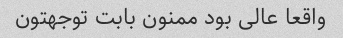
واقعا عالی بود ممنون بابت توجهتون